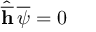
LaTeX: \hat { \overline { { { \bf h } } } } \, \overline { { { \psi } } } = 0